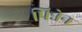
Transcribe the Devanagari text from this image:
पिन्नेन